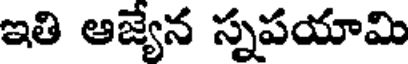
ఇతి ఆజ్యేన స్నపయామి